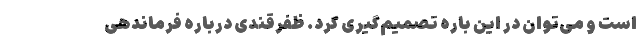
است و می‌توان در این باره تصمیم‌گیری کرد. ظفرقندی درباره فرماندهی